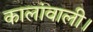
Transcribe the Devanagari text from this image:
कालांवाली।